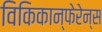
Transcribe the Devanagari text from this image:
विकिकान्फेरेन्स